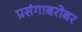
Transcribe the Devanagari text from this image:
प्रसंगाबरोबर